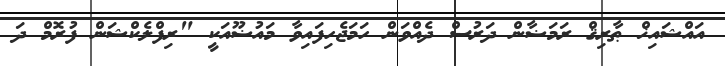
އައްޝައިޚް ޠާރިޤް ރަމަޟާން ދަރުސް ދެއްވަން ހަމަޖެހިފައިވާ މައުޟޫއަކީ "ރިފްލެކްޝަން ފުރޮމް ދަ